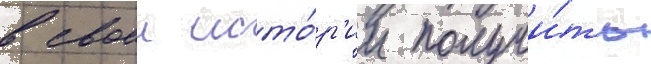
в своеи исто́р'ии получи́ть